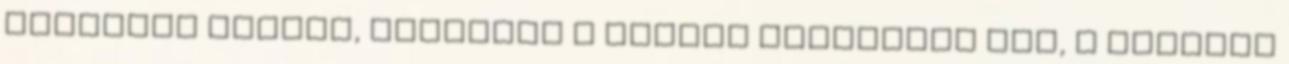
palánkok fölött, egyenest a széles főbejárat elé, a riadóra